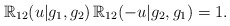
\begin{align*}\mathbb{R}_{12}(u|g_1,g_2)\,\mathbb{R}_{12}(-u|g_2,g_1) = 1.\end{align*}